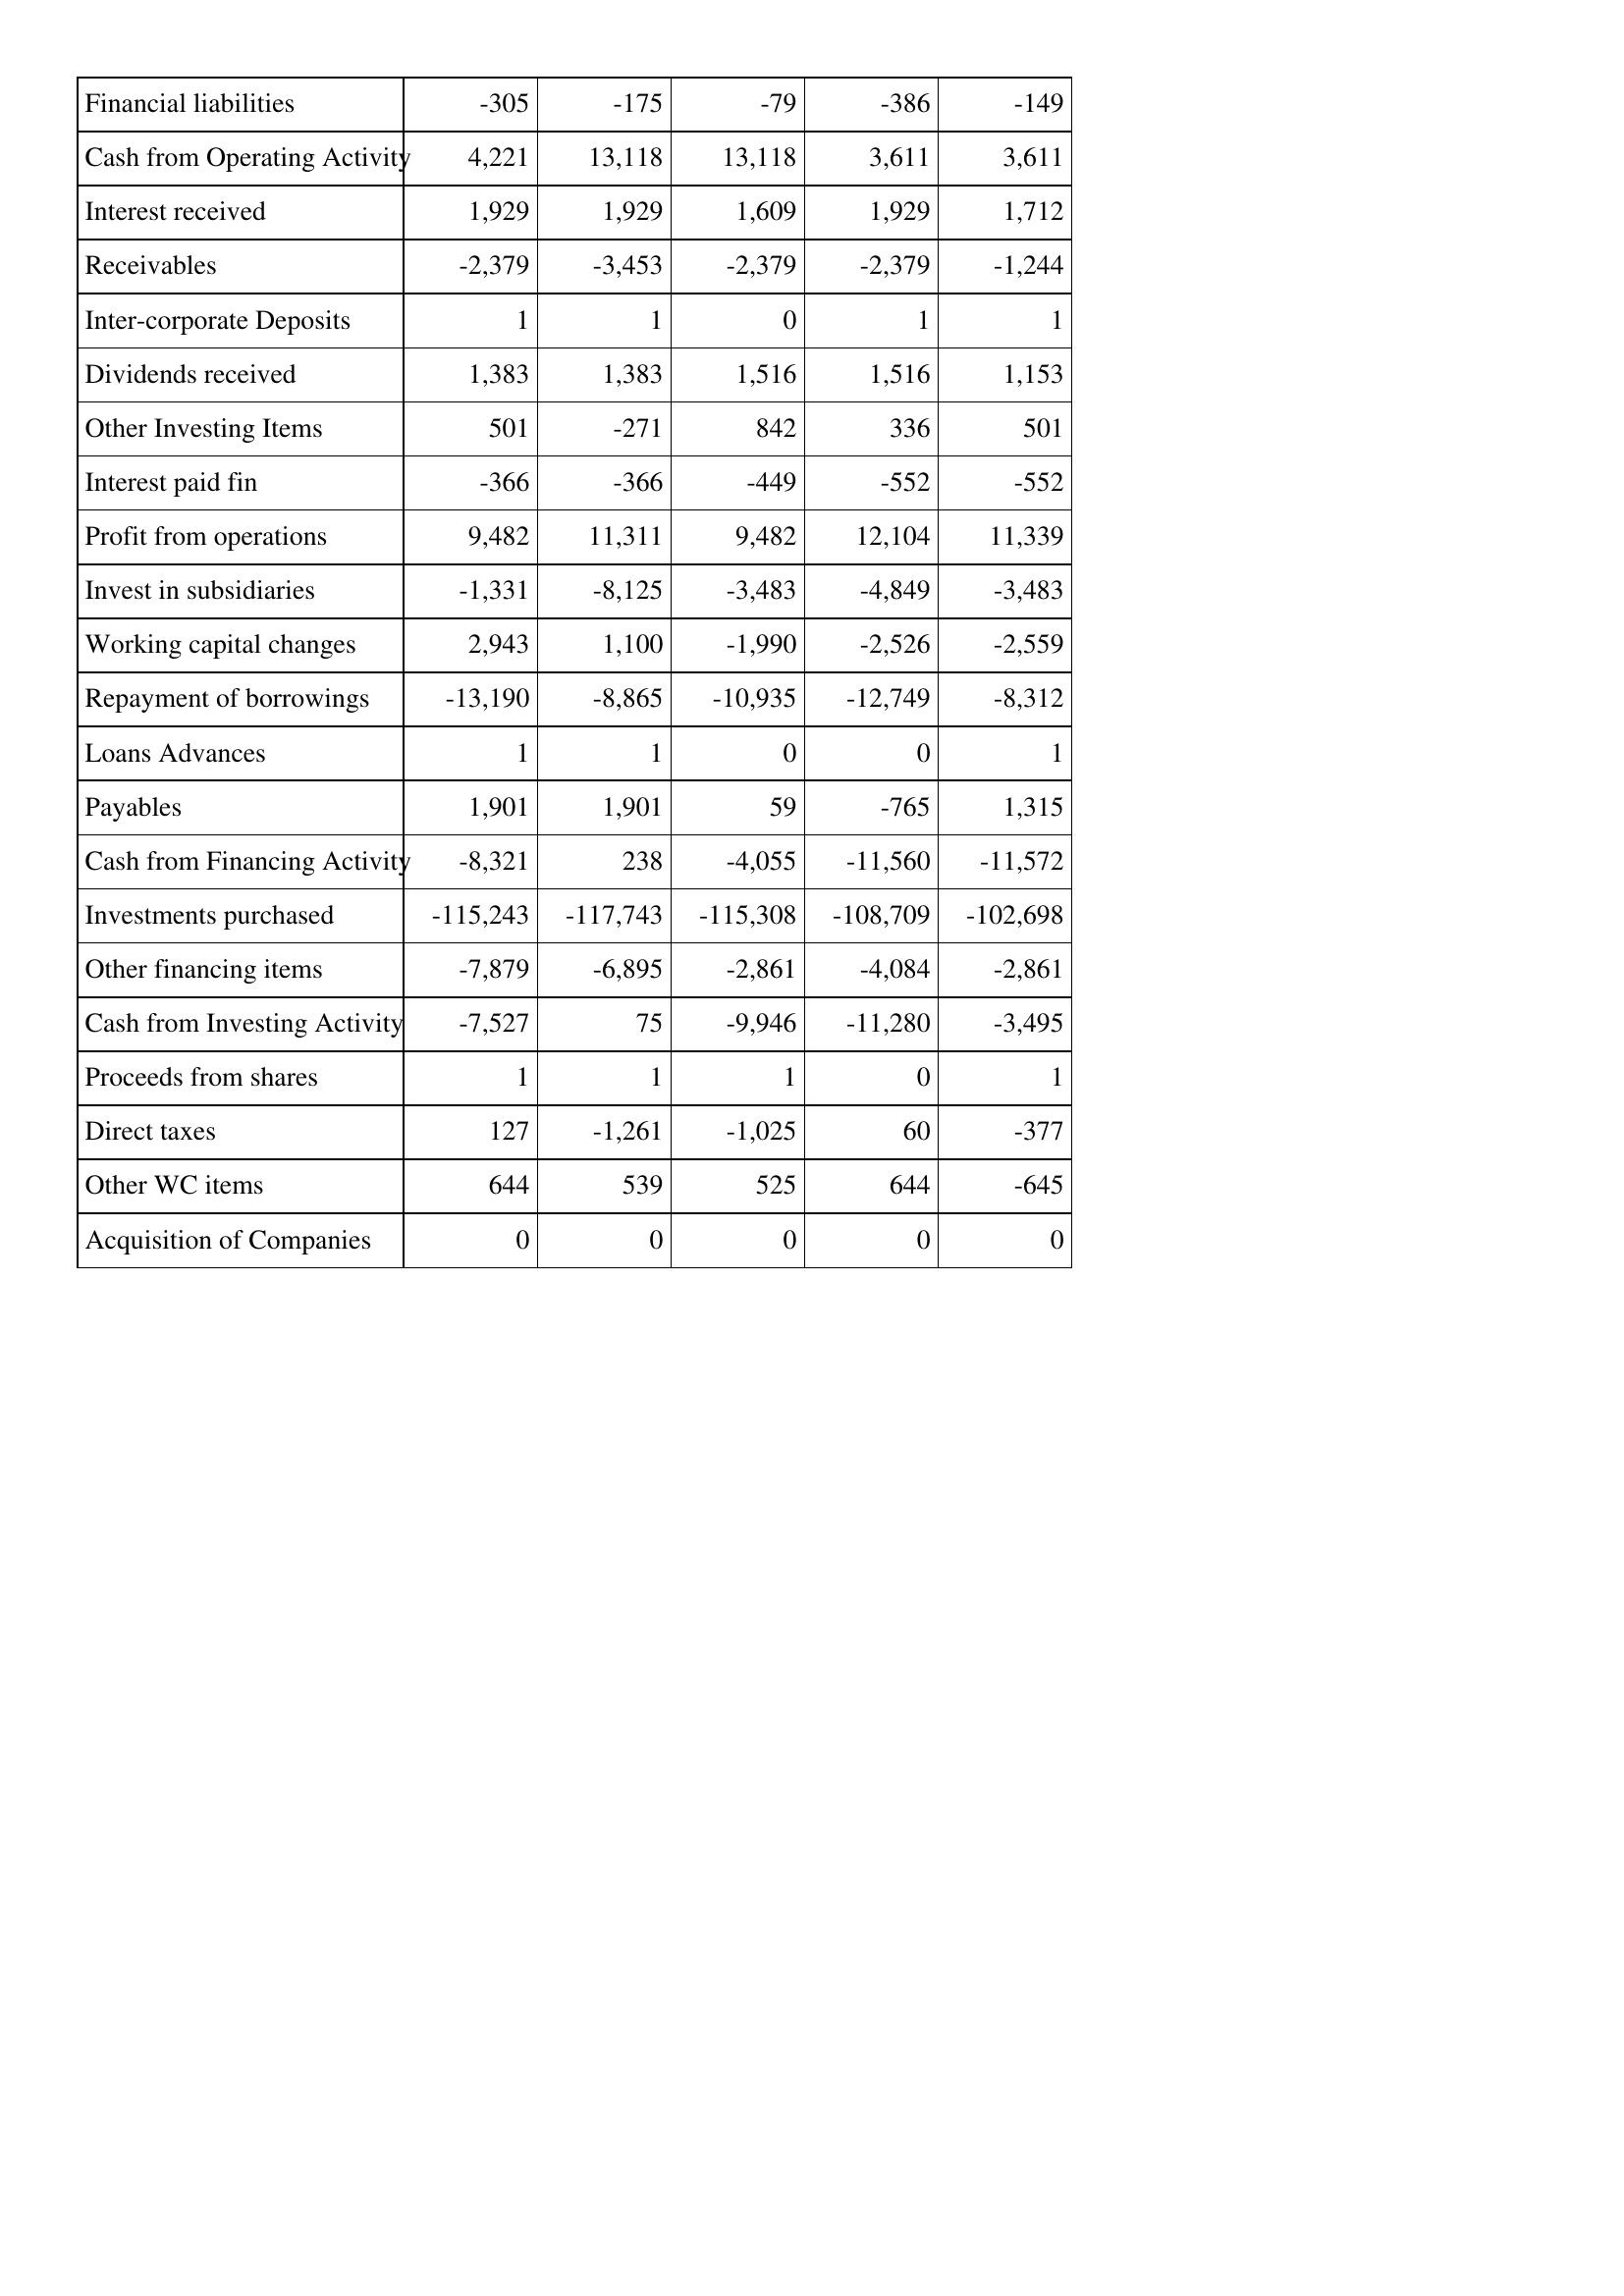
Apr-09: Cash Flows: Financial liabilities: -305
Cash from Operating Activity: 4,221
Interest received: 1,929
Receivables: -2,379
Inter-corporate Deposits: 1
Dividends received: 1,383
Other Investing Items: 501
Interest paid fin: -366
Profit from operations: 9,482
Invest in subsidiaries: -1,331
Working capital changes: 2,943
Repayment of borrowings: -13,190
Loans Advances: 1
Payables: 1,901
Cash from Financing Activity: -8,321
Investments purchased: -115,243
Other financing items: -7,879
Cash from Investing Activity: -7,527
Proceeds from shares: 1
Direct taxes: 127
Other WC items: 644
Acquisition of Companies: 0
Apr-08: Cash Flows: Financial liabilities: -175
Cash from Operating Activity: 13,118
Interest received: 1,929
Receivables: -3,453
Inter-corporate Deposits: 1
Dividends received: 1,383
Other Investing Items: -271
Interest paid fin: -366
Profit from operations: 11,311
Invest in subsidiaries: -8,125
Working capital changes: 1,100
Repayment of borrowings: -8,865
Loans Advances: 1
Payables: 1,901
Cash from Financing Activity: 238
Investments purchased: -117,743
Other financing items: -6,895
Cash from Investing Activity: 75
Proceeds from shares: 1
Direct taxes: -1,261
Other WC items: 539
Acquisition of Companies: 0
Apr-07: Cash Flows: Financial liabilities: -79
Cash from Operating Activity: 13,118
Interest received: 1,609
Receivables: -2,379
Inter-corporate Deposits: 0
Dividends received: 1,516
Other Investing Items: 842
Interest paid fin: -449
Profit from operations: 9,482
Invest in subsidiaries: -3,483
Working capital changes: -1,990
Repayment of borrowings: -10,935
Loans Advances: 0
Payables: 59
Cash from Financing Activity: -4,055
Investments purchased: -115,308
Other financing items: -2,861
Cash from Investing Activity: -9,946
Proceeds from shares: 1
Direct taxes: -1,025
Other WC items: 525
Acquisition of Companies: 0
Apr-06: Cash Flows: Financial liabilities: -386
Cash from Operating Activity: 3,611
Interest received: 1,929
Receivables: -2,379
Inter-corporate Deposits: 1
Dividends received: 1,516
Other Investing Items: 336
Interest paid fin: -552
Profit from operations: 12,104
Invest in subsidiaries: -4,849
Working capital changes: -2,526
Repayment of borrowings: -12,749
Loans Advances: 0
Payables: -765
Cash from Financing Activity: -11,560
Investments purchased: -108,709
Other financing items: -4,084
Cash from Investing Activity: -11,280
Proceeds from shares: 0
Direct taxes: 60
Other WC items: 644
Acquisition of Companies: 0
Apr-05: Cash Flows: Financial liabilities: -149
Cash from Operating Activity: 3,611
Interest received: 1,712
Receivables: -1,244
Inter-corporate Deposits: 1
Dividends received: 1,153
Other Investing Items: 501
Interest paid fin: -552
Profit from operations: 11,339
Invest in subsidiaries: -3,483
Working capital changes: -2,559
Repayment of borrowings: -8,312
Loans Advances: 1
Payables: 1,315
Cash from Financing Activity: -11,572
Investments purchased: -102,698
Other financing items: -2,861
Cash from Investing Activity: -3,495
Proceeds from shares: 1
Direct taxes: -377
Other WC items: -645
Acquisition of Companies: 0